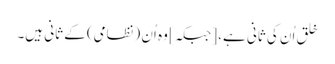
خَلق اُن کی ثانی ہے، [جبکہ] وہ اُن (نظامی) کے ثانی ہیں۔